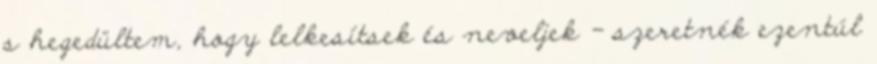
s hegedültem, hogy lelkesítsek és neveljek - szeretnék ezentúl